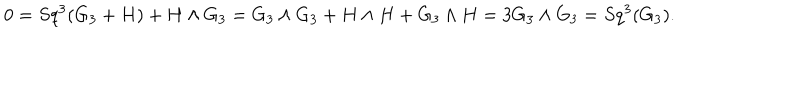
0 = S q ^ { 3 } ( G _ { 3 } + H ) + H \wedge G _ { 3 } = G _ { 3 } \wedge G _ { 3 } + H \wedge H + G _ { 3 } \wedge H = 3 G _ { 3 } \wedge G _ { 3 } = S q ^ { 3 } ( G _ { 3 } ) .